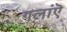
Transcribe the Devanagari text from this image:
गलांऎ